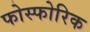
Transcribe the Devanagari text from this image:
फोस्फोरिक